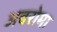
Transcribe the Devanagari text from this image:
अवरोमा